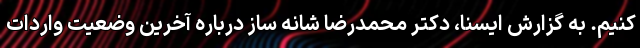
کنیم. به گزارش ایسنا، دکتر محمدرضا شانه ساز درباره آخرین وضعیت واردات